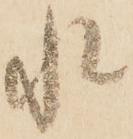
水